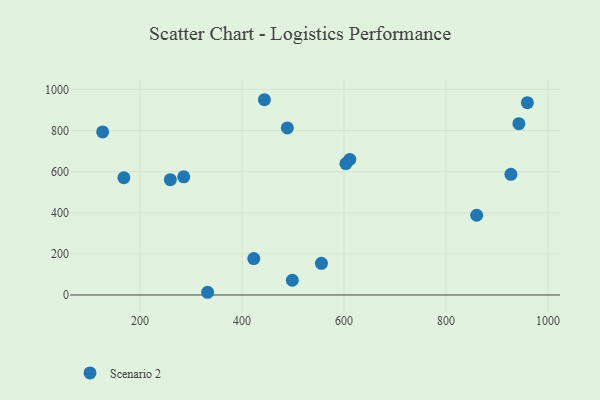
{"axis": {"x": "Study Hours", "y": "Exam Score"}, "legend": ["Scenario 2"], "data": [{"x": "332.4", "y": 13.2, "type": "Scenario 2"}, {"x": "860.1", "y": 388.0, "type": "Scenario 2"}, {"x": "168.3", "y": 570.4, "type": "Scenario 2"}, {"x": "603.7", "y": 639.5, "type": "Scenario 2"}, {"x": "126.6", "y": 793.4, "type": "Scenario 2"}, {"x": "927.2", "y": 587.0, "type": "Scenario 2"}, {"x": "555.7", "y": 154.0, "type": "Scenario 2"}, {"x": "423.0", "y": 177.3, "type": "Scenario 2"}, {"x": "498.6", "y": 71.7, "type": "Scenario 2"}, {"x": "959.5", "y": 935.7, "type": "Scenario 2"}, {"x": "259.4", "y": 561.2, "type": "Scenario 2"}, {"x": "443.9", "y": 950.0, "type": "Scenario 2"}, {"x": "942.8", "y": 833.7, "type": "Scenario 2"}, {"x": "611.3", "y": 659.6, "type": "Scenario 2"}, {"x": "488.8", "y": 813.0, "type": "Scenario 2"}, {"x": "285.6", "y": 574.9, "type": "Scenario 2"}]}